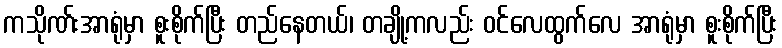
ကသိုဏ်းအာရုံမှာ စူးစိုက်ပြီး တည်နေတယ်၊ တချို့ကလည်း ဝင်လေထွက်လေ အာရုံမှာ စူးစိုက်ပြီး